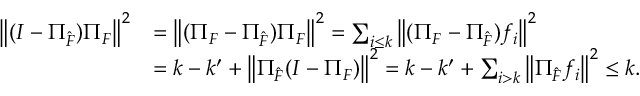
\begin{array} { r l } { \left\| ( I - \Pi _ { \hat { \cal F } } ) \Pi _ { \cal F } \right\| ^ { 2 } } & { = \left\| ( \Pi _ { \cal F } - \Pi _ { \hat { \cal F } } ) \Pi _ { \cal F } \right\| ^ { 2 } = \sum _ { i \leq k } \left\| ( \Pi _ { \cal F } - \Pi _ { \hat { \cal F } } ) f _ { i } \right\| ^ { 2 } } \\ & { = k - k ^ { \prime } + \left\| \Pi _ { \hat { \cal F } } ( I - \Pi _ { \cal F } ) \right\| ^ { 2 } = k - k ^ { \prime } + \sum _ { i > k } \left\| \Pi _ { \hat { \cal F } } f _ { i } \right\| ^ { 2 } \leq k . } \end{array}